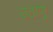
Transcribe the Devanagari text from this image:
उठाणू